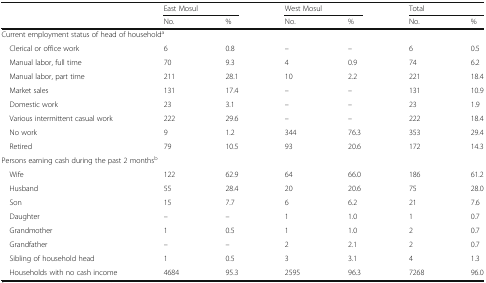
<table><thead><tr><td rowspan="2"></td><td colspan="2"><b>East Mosul</b></td><td colspan="2"><b>West Mosul</b></td><td colspan="2"><b>Total</b></td></tr><tr><td><b>No.</b></td><td><b>%</b></td><td><b>No.</b></td><td><b>%</b></td><td><b>No.</b></td><td><b>%</b></td></tr></thead><tbody><tr><td colspan="7">Current employment status of head of household<sup>a</sup></td></tr><tr><td> Clerical or office work</td><td>6</td><td>0.8</td><td>–</td><td>–</td><td>6</td><td>0.5</td></tr><tr><td> Manual labor, full time</td><td>70</td><td>9.3</td><td>4</td><td>0.9</td><td>74</td><td>6.2</td></tr><tr><td> Manual labor, part time</td><td>211</td><td>28.1</td><td>10</td><td>2.2</td><td>221</td><td>18.4</td></tr><tr><td> Market sales</td><td>131</td><td>17.4</td><td>–</td><td>–</td><td>131</td><td>10.9</td></tr><tr><td> Domestic work</td><td>23</td><td>3.1</td><td>–</td><td>–</td><td>23</td><td>1.9</td></tr><tr><td> Various intermittent casual work</td><td>222</td><td>29.6</td><td>–</td><td>–</td><td>222</td><td>18.4</td></tr><tr><td> No work</td><td>9</td><td>1.2</td><td>344</td><td>76.3</td><td>353</td><td>29.4</td></tr><tr><td> Retired</td><td>79</td><td>10.5</td><td>93</td><td>20.6</td><td>172</td><td>14.3</td></tr><tr><td colspan="7">Persons earning cash during the past 2 months<sup>b</sup></td></tr><tr><td> Wife</td><td>122</td><td>62.9</td><td>64</td><td>66.0</td><td>186</td><td>61.2</td></tr><tr><td> Husband</td><td>55</td><td>28.4</td><td>20</td><td>20.6</td><td>75</td><td>28.0</td></tr><tr><td> Son</td><td>15</td><td>7.7</td><td>6</td><td>6.2</td><td>21</td><td>7.6</td></tr><tr><td> Daughter</td><td>–</td><td>–</td><td>1</td><td>1.0</td><td>1</td><td>0.7</td></tr><tr><td> Grandmother</td><td>1</td><td>0.5</td><td>1</td><td>1.0</td><td>2</td><td>0.7</td></tr><tr><td> Grandfather</td><td>–</td><td>–</td><td>2</td><td>2.1</td><td>2</td><td>0.7</td></tr><tr><td> Sibling of household head</td><td>1</td><td>0.5</td><td>3</td><td>3.1</td><td>4</td><td>1.3</td></tr><tr><td> Households with no cash income</td><td>4684</td><td>95.3</td><td>2595</td><td>96.3</td><td>7268</td><td>96.0</td></tr></tbody></table>